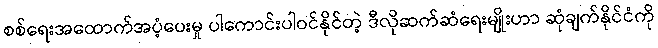
စစ်ရေးအထောက်အပံ့ပေးမှု ပါကောင်းပါဝင်နိုင်တဲ့ ဒီလိုဆက်ဆံရေးမျိုးဟာ ဆုံချက်နိုင်ငံကို